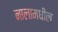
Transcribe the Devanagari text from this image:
नालामधील